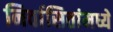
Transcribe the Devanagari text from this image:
निर्वासितांमध्ये